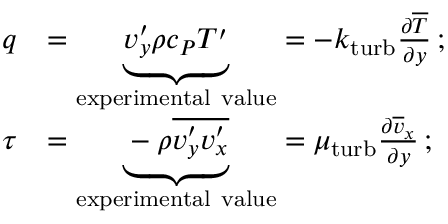
{ \begin{array} { r l } { q } & { = \underbrace { v _ { y } ^ { \prime } \rho c _ { P } T ^ { \prime } } _ { \mathrm { e x p e r i m e n t a l ~ v a l u e } } = - k _ { \mathrm { t u r b } } { \frac { \partial { \overline { { T } } } } { \partial y } } \, ; } \\ { \tau } & { = \underbrace { - \rho { \overline { { v _ { y } ^ { \prime } v _ { x } ^ { \prime } } } } } _ { \mathrm { e x p e r i m e n t a l ~ v a l u e } } = \mu _ { \mathrm { t u r b } } { \frac { \partial { \overline { { v } } } _ { x } } { \partial y } } \, ; } \end{array} }